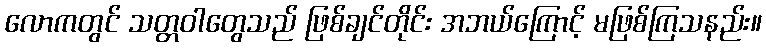
လောကတွင် သတ္တဝါတွေသည် ဖြစ်ချင်တိုင်း အဘယ်ကြောင့် မဖြစ်ကြသနည်း။